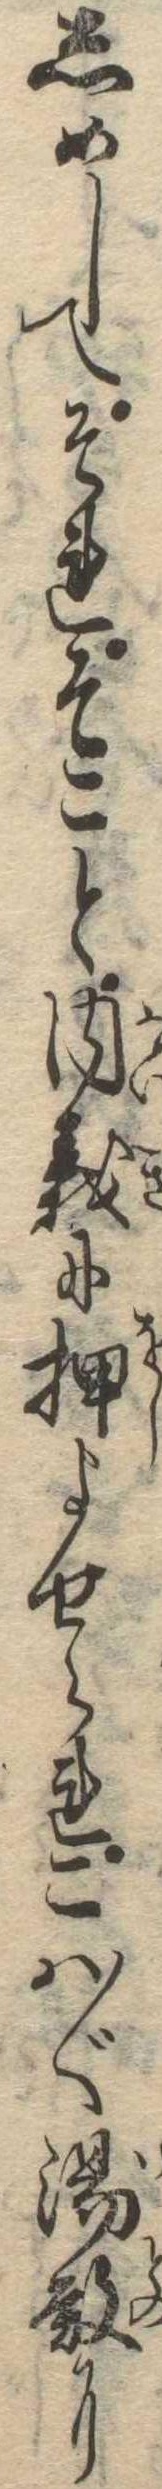
しめしてそれそこと内義に押よせられこは〱湯殿に